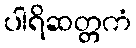
ပါရိဆတ္တကံ